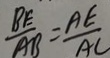
\frac { B E } { A B } = \frac { A E } { A C }